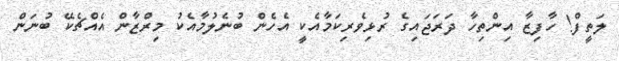
ލަތީފް! ހާފިޒާ އިންތިހާ ދަރަޖައިގެ ރުޅިވެރިކަމާއެކީ އެހެން ބުނެލުމާއެކު މިރްޒާން އެއްޗެކޭ ބުނަން